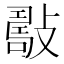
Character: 𢿟